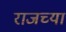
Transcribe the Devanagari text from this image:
राजच्या